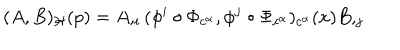
LaTeX: ( A , B ) _ { \cal H } ( p ) = A , _ { i } ( \phi ^ { i } \circ \Phi _ { c ^ { \alpha } } , \phi ^ { j } \circ \Phi _ { c ^ { \alpha } } ) _ { c ^ { \alpha } } ( x ) B , _ { j }